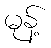
မုန့်